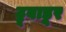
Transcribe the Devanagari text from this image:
ट्रूबाडूर